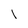
Character: 1